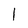
Character: 1